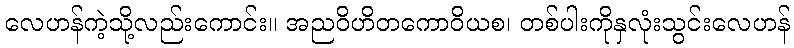
လေဟန်ကဲ့သို့လည်းကောင်း။ အညဝိဟိတကောဝိယစ၊ တစ်ပါးကိုနှလုံးသွင်းလေဟန်